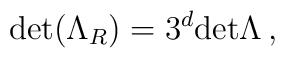
\hbox{\rm det}(\Lambda_R)=3^d\hbox{\rm det} \Lambda\,,